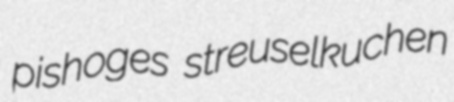
pishoges streuselkuchen